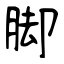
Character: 脚